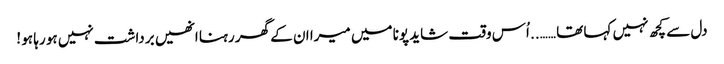
دل سے کچھ نہیں کہا تھا …….. اُس وقت شاید پونا میں میرا ان کے گھر رہنا انھیں برداشت نہیں ہو رہا ہو !